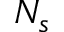
N _ { s }